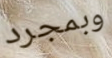
وبمجرد